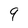
Character: 9